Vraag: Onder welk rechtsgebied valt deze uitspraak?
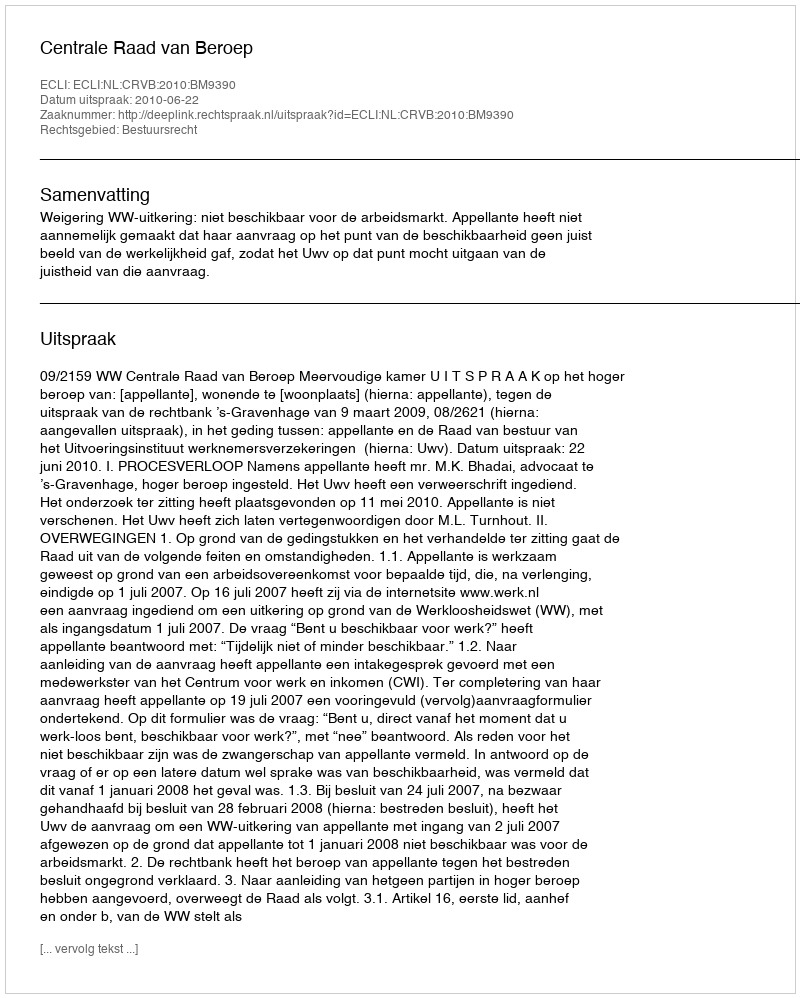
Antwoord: Bestuursrecht